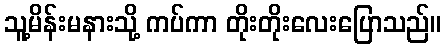
သူ့မိန်းမနားသို့ ကပ်ကာ တိုးတိုးလေးပြောသည်။